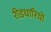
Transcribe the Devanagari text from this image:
रीडधारियों